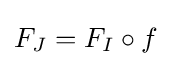
F_{J}=F_{I}\circ f